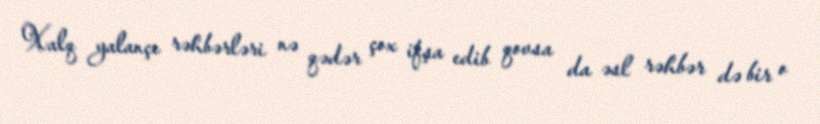
Xalq yalançı rəhbərləri nə qədər çox ifşa edib qovsa da əsl rəhbər də bir o